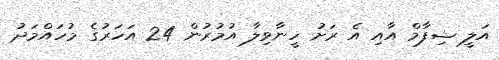
އަލީ ޝިފާމް އާއި އެ ރަށު ހީނާވިލާ އުމުރުން 24 އަހަރުގެ މުހައްމަދު